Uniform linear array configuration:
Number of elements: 32
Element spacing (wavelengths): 0.75
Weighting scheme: uniform
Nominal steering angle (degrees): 0
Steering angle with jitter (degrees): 1.723
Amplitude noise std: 0.05
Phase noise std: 0.05

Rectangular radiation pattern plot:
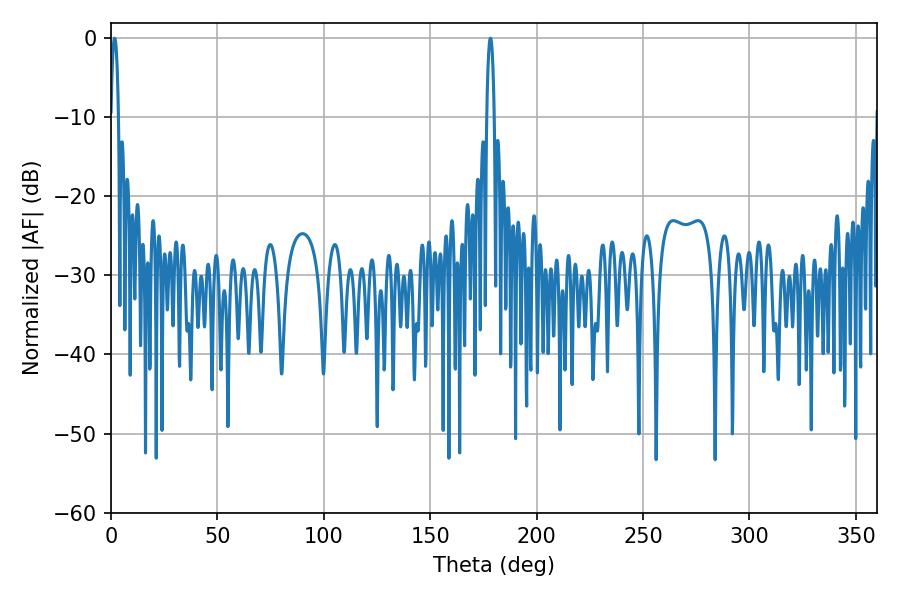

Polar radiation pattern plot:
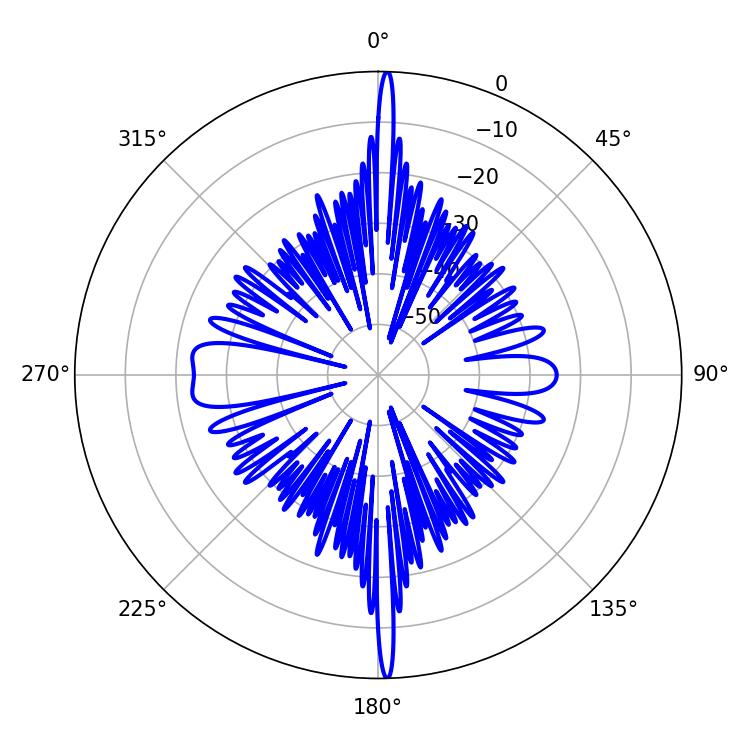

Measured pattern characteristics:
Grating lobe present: TRUE
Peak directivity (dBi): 32.121
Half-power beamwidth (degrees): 1.98
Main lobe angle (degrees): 178.2